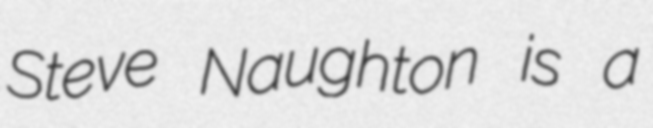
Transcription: Steve Naughton is a